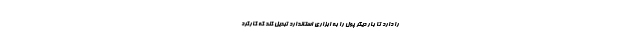
را دارد تا بار دیگر پول را به ابزاری استاندارد تبدیل کند که کارکرد